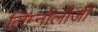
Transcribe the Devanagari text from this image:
लिम्नोलॉजी